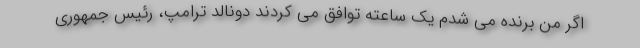
اگر من برنده می شدم یک ساعته توافق می کردند دونالد ترامپ، رئیس جمهوری